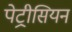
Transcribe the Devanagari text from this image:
पेट्रीसियन